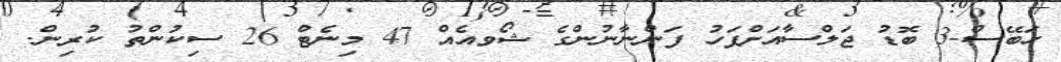
ހަބޭސް-3 ބޮޑު ޖަލްސާއަށްފަހު ފަންނާނުންގެ ޝޯވއެއް 47 މިނެޓް 26 ސިކުންތު ކުރިން.